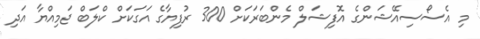
މި އެސޯސިއޭޝަންގެ އޮފިޝަލް މެންބަރަކަށް 300 ރުފިޔާގެ އަގަކަށް ކްލަބް ޖަމިއްޔާ އަދި